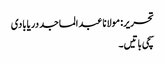
تحریر: مولانا عبد الماجد دریابادی
سچی باتیں۔